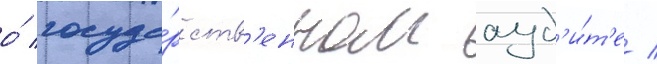
о́ госуда́рств'енном ауд'и́т'е /